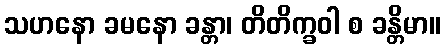
သဟနော ခမနော ခန္တာ၊ တိတိက္ခဝါ စ ခန္တိမာ။